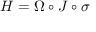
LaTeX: H = \Omega \circ J \circ \sigma